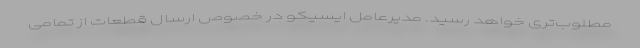
مطلوب‌تری خواهد رسید. مدیرعامل ایسیکو در خصوص ارسال قطعات از تمامی